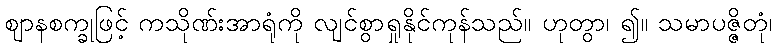
ဈာနစက္ခုဖြင့် ကသိုဏ်းအာရုံကို လျင်စွာရှုနိုင်ကုန်သည်။ ဟုတွာ၊ ၍။ သမာပဇ္ဇိတုံ၊